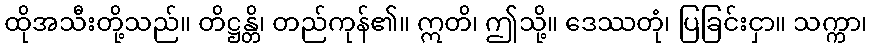
ထိုအသီးတို့သည်။ တိဋ္ဌန္တိ၊ တည်ကုန်၏။ ဣတိ၊ ဤသို့။ ဒေဿတုံ၊ ပြခြင်းငှာ။ သက္ကာ၊